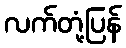
လက်တုံ့ပြန်